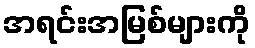
အရင်းအမြစ်များကို